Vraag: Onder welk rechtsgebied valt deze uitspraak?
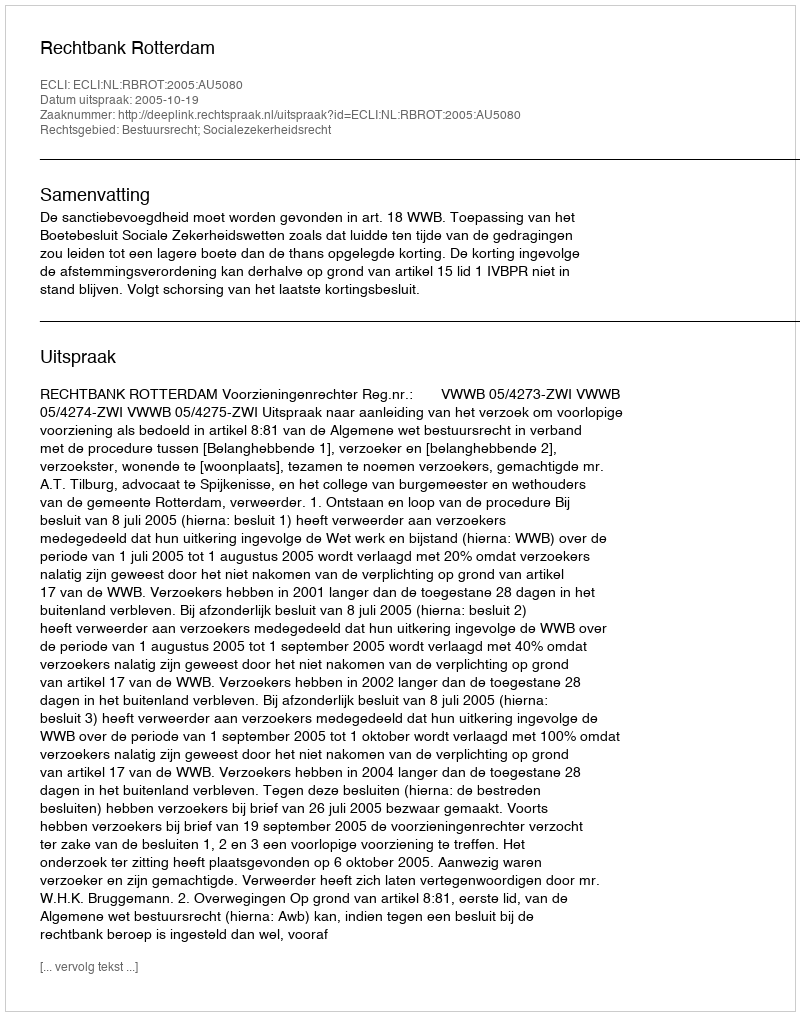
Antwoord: Bestuursrecht; Socialezekerheidsrecht